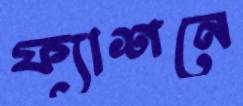
ফ্যাশনে